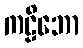
ကဠိဘော